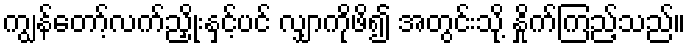
ကျွန်တော့်လက်ညှိုးနှင့်ပင် လျှာကိုဖိ၍ အတွင်းသို့ နှိုက်ကြည့်သည်။